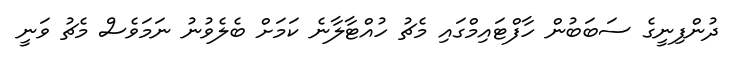
ދުންފިނީގެ ސަބަބުން ހާފްޓައިމްގައި މެޗު ހުއްޓާލާނެ ކަމަށް ބެލެވުނު ނަމަވެސް މެޗު ވަނީ